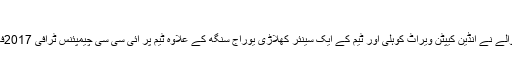
مرکزی وزیر کا الزام
نئی دہلی: مرکزی وزیربرائے سوشیل جسٹس اور ایمپاورمنٹ رام داس اتھوالے نے انڈین کیپٹن ویراٹ کوہلی اور ٹیم کے ایک سینئر کھلاڑی یوراج سنگھ کے علاوہ ٹیم پر ائی سی سی چیمپئنس ٹرافی 2017فائنل مقابلہ جو پاکستان کے خلاف 18جون کو کھیلا گیا کو فکس کیاگیاتھا۔